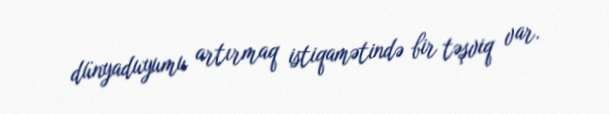
dünyaduyumu artırmaq istiqamətində bir təşviq var.